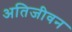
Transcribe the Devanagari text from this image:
अतिजीवन